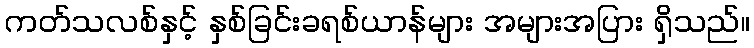
ကတ်သလစ်နှင့် နှစ်ခြင်းခရစ်ယာန်များ အများအပြား ရှိသည်။